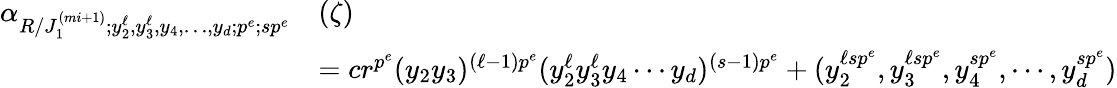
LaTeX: \begin{array}{rl}{\alpha_{R/J_{1}^{(mi+1)};y_{2}^{\ell},y_{3}^{\ell},y_{4},\ldots,y_{d};p^{e};sp^{e}}}&{(\zeta)}\\ &{=cr^{p^{e}}(y_{2}y_{3})^{(\ell-1)p^{e}}(y_{2}^{\ell}y_{3}^{\ell}y_{4}\cdots y_{d})^{(s-1)p^{e}}+(y_{2}^{\ell sp^{e}},y_{3}^{\ell sp^{e}},y_{4}^{sp^{e}},\cdots,y_{d}^{sp^{e}})}\end{array}